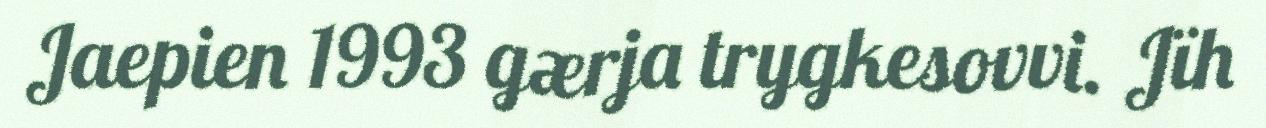
Jaepien 1993 gærja trygkesovvi. Jïh